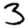
Digit: 3